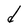
Character: d